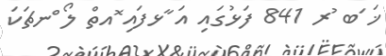
ޚަ ަބ ުރ 841 ފަޅުގައި އަ ާޅފައި ޮއތް ލޯ ްނޗަކަ